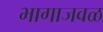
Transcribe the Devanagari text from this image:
भागाजवळ